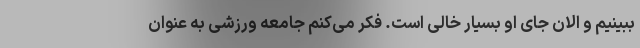
ببینیم و الان جای او بسیار خالی است. فکر می‌کنم جامعه ورزشی به عنوان